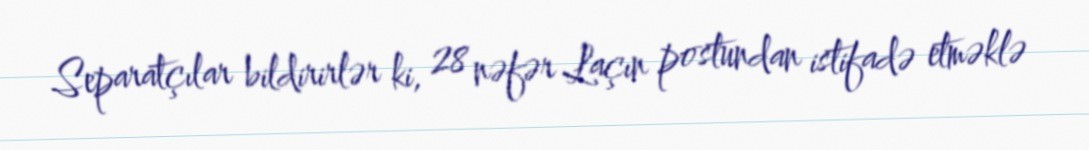
Separatçılar bildirirlər ki, 28 nəfər Laçın postundan istifadə etməklə